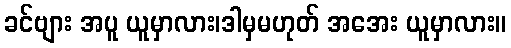
ခင်ဗျား အပူ ယူမှာလား၊ဒါမှမဟုတ် အအေး ယူမှာလား။